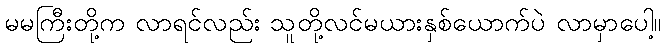
မမကြီးတို့က လာရင်လည်း သူတို့လင်မယားနှစ်ယောက်ပဲ လာမှာပေါ့။